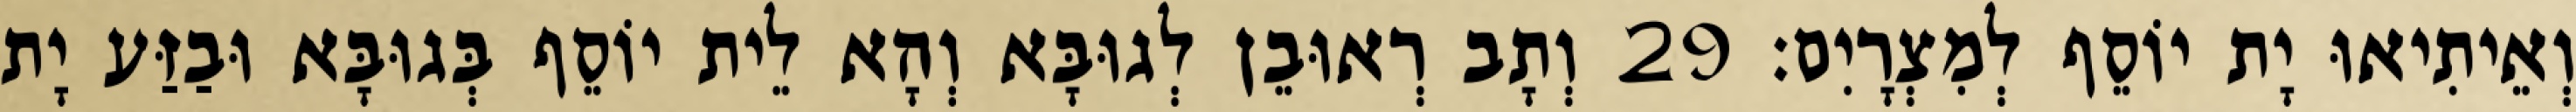
וְאֵיתִיאוּ יָת יוֹסֵף לְמִצְרָיִם׃ 29 וְתָב רְאוּבֵן לְגוּבָּא וְהָא לֵית יוֹסֵף בְּגוּבָּא וּבַזַּע יָת